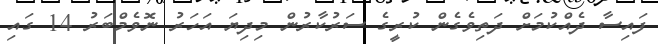
ފައިސާ ދެއްކުމަށް ދަތިވެގެން ކުރީގެ ސަރުކާރުން މިދިޔަ އަހަރު ނޮވެމްބަރު 14 ގައި